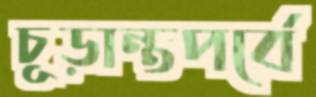
চূড়ান্তপর্বে